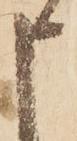
申